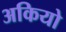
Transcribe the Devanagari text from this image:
अकियो